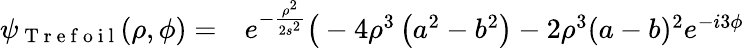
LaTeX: \begin{array}{rl}{\psi_{\mathrm{~T~r~e~f~o~i~l~}}(\rho,\phi)=}&{{}e^{-\frac{\rho^{2}}{2s^{2}}}\bigr(-4\rho^{3}\left(a^{2}-b^{2}\right)-2\rho^{3}(a-b)^{2}e^{-i3\phi}}\end{array}